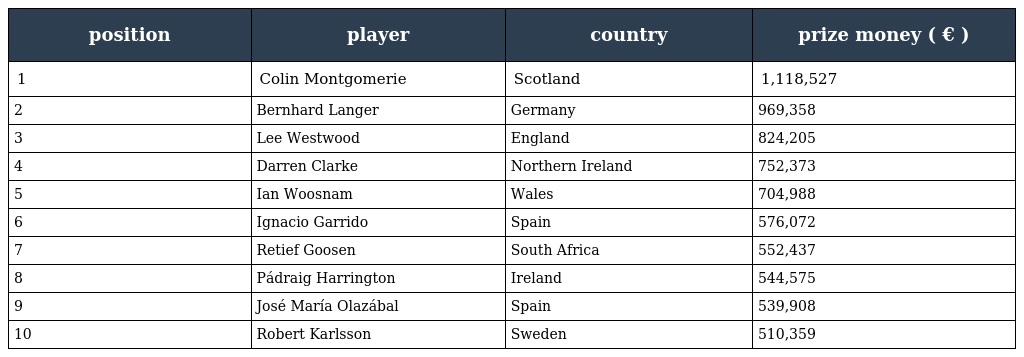
| position | player | country | prize money ( € ) |
 | --- | --- | --- | --- |
 | 1 | Colin Montgomerie | Scotland | 1,118,527 |
 | 2 | Bernhard Langer | Germany | 969,358 |
 | 3 | Lee Westwood | England | 824,205 |
 | 4 | Darren Clarke | Northern Ireland | 752,373 |
 | 5 | Ian Woosnam | Wales | 704,988 |
 | 6 | Ignacio Garrido | Spain | 576,072 |
 | 7 | Retief Goosen | South Africa | 552,437 |
 | 8 | Pádraig Harrington | Ireland | 544,575 |
 | 9 | José María Olazábal | Spain | 539,908 |
 | 10 | Robert Karlsson | Sweden | 510,359 |